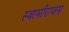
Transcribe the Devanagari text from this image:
स्वामीराजम